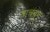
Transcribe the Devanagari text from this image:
वाचवुन